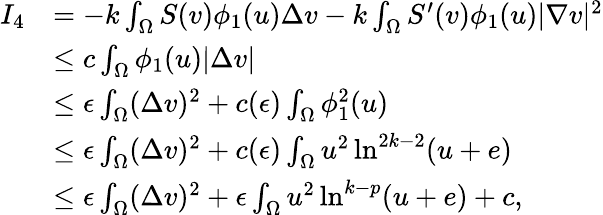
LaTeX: \begin{array}{rl}{I_{4}}&{=-k\int_{\Omega}S(v)\phi_{1}(u)\Delta v-k\int_{\Omega}S^{\prime}(v)\phi_{1}(u)|\nabla v|^{2}}\\ &{\leq c\int_{\Omega}\phi_{1}(u)|\Delta v|}\\ &{\leq\epsilon\int_{\Omega}(\Delta v)^{2}+c(\epsilon)\int_{\Omega}\phi_{1}^{2}(u)}\\ &{\leq\epsilon\int_{\Omega}(\Delta v)^{2}+c(\epsilon)\int_{\Omega}u^{2}\ln^{2k-2}(u+e)}\\ &{\leq\epsilon\int_{\Omega}(\Delta v)^{2}+\epsilon\int_{\Omega}u^{2}\ln^{k-p}(u+e)+c,}\end{array}